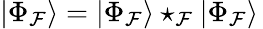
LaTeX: |\Phi_{\mathcal{F}}\rangle=|\Phi_{\mathcal{F}}\rangle\star_{\mathcal{F}}|\Phi_{\mathcal{F}}\rangle\,